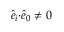
\hat { e } _ { i } { \cdot } \hat { e } _ { 0 } \not = 0